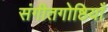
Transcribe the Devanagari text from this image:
संगीतगोष्ठियाँ